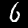
Digit: 6